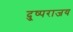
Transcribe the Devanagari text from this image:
दु्ष्पराजय